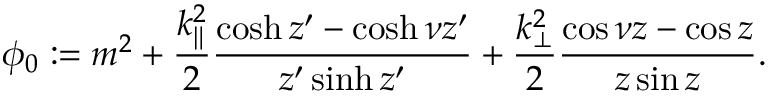
\phi _ { 0 } : = m ^ { 2 } + \frac { k _ { \| } ^ { 2 } } { 2 } \frac { \cosh z ^ { \prime } - \cosh \nu z ^ { \prime } } { z ^ { \prime } \sinh z ^ { \prime } } + \frac { k _ { \bot } ^ { 2 } } { 2 } \frac { \cos \nu z - \cos z } { z \sin z } .